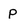
Character: p